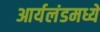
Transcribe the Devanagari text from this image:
आर्यलंडमध्ये